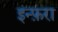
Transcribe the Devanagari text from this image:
इन्फ़रा